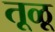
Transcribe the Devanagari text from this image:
तूळू